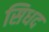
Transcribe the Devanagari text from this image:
सिधद